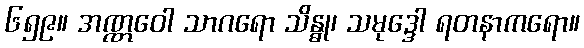
၆၅၉။ အဏ္ဏဝေါ သာဂရော သိန္ဓု၊ သမုဒ္ဒေါ ရတနာကရော။